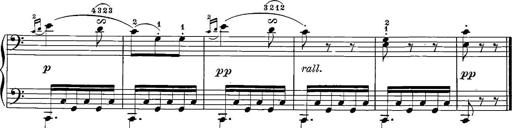
Title: 12 Sonatinas
Composer: Ignaz Pleyel